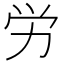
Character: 労